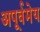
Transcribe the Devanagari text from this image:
अपूर्वमेय